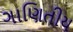
ગાણિતીય